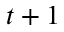
t + 1